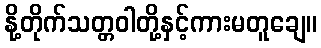
နို့တိုက်သတ္တဝါတို့နှင့်ကားမတူချေ။